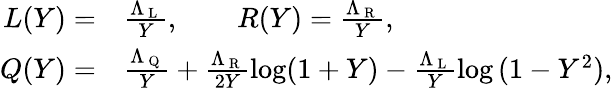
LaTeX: \begin{array}{rl}{L(Y)=}&{{}\frac{\Lambda_{\mathrm{~L~}}}{Y},\qquad R(Y)=\frac{\Lambda_{\mathrm{~R~}}}{Y},}\\ {Q(Y)=}&{{}\frac{\Lambda_{\mathrm{~Q~}}}{Y}+\frac{\Lambda_{\mathrm{~R~}}}{2Y}\log(1+Y)-\frac{\Lambda_{\mathrm{~L~}}}{Y}\log{(1-Y^{2})},}\end{array}